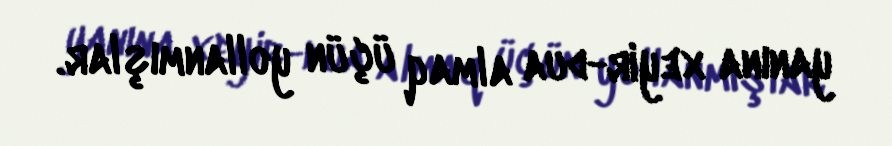
yanına xeyir-dua almaq üçün yollanmışlar.